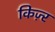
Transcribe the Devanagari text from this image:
किज़्र